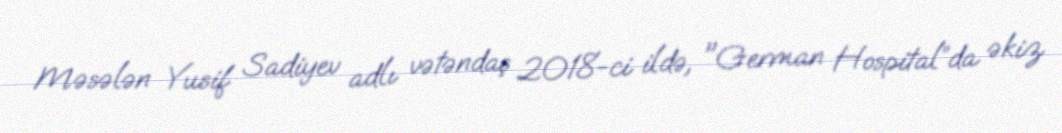
Məsələn Yusif Sadiyev adlı vətəndaş 2018-ci ildə, "German Hospital”da əkiz